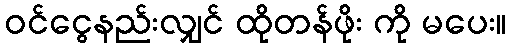
ဝင်ငွေနည်းလျှင် ထိုတန်ဖိုး ကို မပေး။